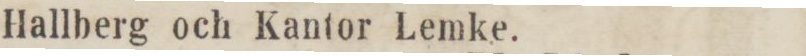
Hallberg och Kantor Lemke.